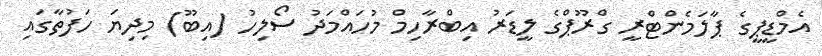
އެމްޑީޕީގެ ޕާލަމެންޓްރީ ގްރޫޕްގެ ލީޑަރު އިބްރާހިމް މުހައްމަދު ސޯލިހު (އިބޫ) މިދިޔަ ހަފުތާގައި